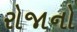
રોજાનો